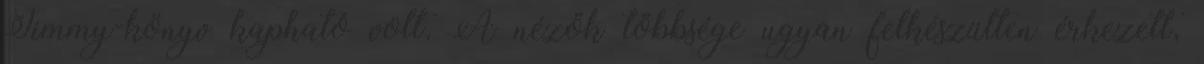
Jimmy-könyv kapható volt. A nézők többsége ugyan felkészülten érkezett,